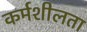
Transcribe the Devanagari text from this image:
कर्मशीलता